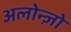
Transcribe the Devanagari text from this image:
अलोन्ज़ो